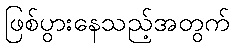
ဖြစ်ပွားနေသည့်အတွက်